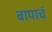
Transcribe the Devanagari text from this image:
बापाचं